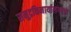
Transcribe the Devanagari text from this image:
समुद्रकिनार्यालगतचा